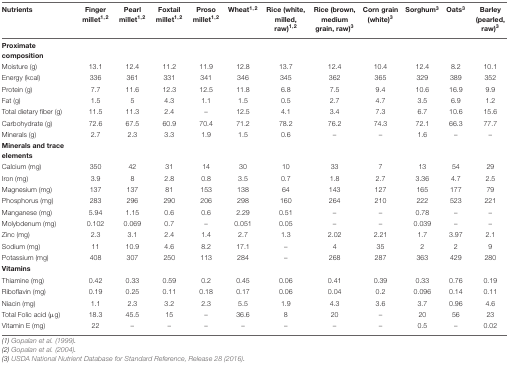
<table><thead><tr><td><b>Nutrients</b></td><td><b>Finger millet<sup>1,2</sup></b></td><td><b>Pearl millet<sup>1,2</sup></b></td><td><b>Foxtail millet<sup>1,2</sup></b></td><td><b>Proso millet<sup>1,2</sup></b></td><td><b>Wheat<sup>1,2</sup></b></td><td><b>Rice (white, milled, raw)<sup>1,2</sup></b></td><td><b>Rice (brown, medium grain, raw)<sup>3</sup></b></td><td><b>Corn grain (white)<sup>3</sup></b></td><td><b>Sorghum<sup>3</sup></b></td><td><b>Oats<sup>3</sup></b></td><td><b>Barley (pearled, raw)<sup>3</sup></b></td></tr></thead><tbody><tr><td><b>Proximate composition</b></td></tr><tr><td>Moisture (g)</td><td>13.1</td><td>12.4</td><td>11.2</td><td>11.9</td><td>12.8</td><td>13.7</td><td>12.4</td><td>10.4</td><td>12.4</td><td>8.2</td><td>10.1</td></tr><tr><td>Energy (kcal)</td><td>336</td><td>361</td><td>331</td><td>341</td><td>346</td><td>345</td><td>362</td><td>365</td><td>329</td><td>389</td><td>352</td></tr><tr><td>Protein (g)</td><td>7.7</td><td>11.6</td><td>12.3</td><td>12.5</td><td>11.8</td><td>6.8</td><td>7.5</td><td>9.4</td><td>10.6</td><td>16.9</td><td>9.9</td></tr><tr><td>Fat (g)</td><td>1.5</td><td>5</td><td>4.3</td><td>1.1</td><td>1.5</td><td>0.5</td><td>2.7</td><td>4.7</td><td>3.5</td><td>6.9</td><td>1.2</td></tr><tr><td>Total dietary fiber (g)</td><td>11.5</td><td>11.3</td><td>2.4</td><td>–</td><td>12.5</td><td>4.1</td><td>3.4</td><td>7.3</td><td>6.7</td><td>10.6</td><td>15.6</td></tr><tr><td>Carbohydrate (g)</td><td>72.6</td><td>67.5</td><td>60.9</td><td>70.4</td><td>71.2</td><td>78.2</td><td>76.2</td><td>74.3</td><td>72.1</td><td>66.3</td><td>77.7</td></tr><tr><td>Minerals (g)</td><td>2.7</td><td>2.3</td><td>3.3</td><td>1.9</td><td>1.5</td><td>0.6</td><td>–</td><td>–</td><td>1.6</td><td>–</td><td>–</td></tr><tr><td><b>Minerals and trace elements</b></td></tr><tr><td>Calcium (mg)</td><td>350</td><td>42</td><td>31</td><td>14</td><td>30</td><td>10</td><td>33</td><td>7</td><td>13</td><td>54</td><td>29</td></tr><tr><td>Iron (mg)</td><td>3.9</td><td>8</td><td>2.8</td><td>0.8</td><td>3.5</td><td>0.7</td><td>1.8</td><td>2.7</td><td>3.36</td><td>4.7</td><td>2.5</td></tr><tr><td>Magnesium (mg)</td><td>137</td><td>137</td><td>81</td><td>153</td><td>138</td><td>64</td><td>143</td><td>127</td><td>165</td><td>177</td><td>79</td></tr><tr><td>Phosphorus (mg)</td><td>283</td><td>296</td><td>290</td><td>206</td><td>298</td><td>160</td><td>264</td><td>210</td><td>222</td><td>523</td><td>221</td></tr><tr><td>Manganese (mg)</td><td>5.94</td><td>1.15</td><td>0.6</td><td>0.6</td><td>2.29</td><td>0.51</td><td>–</td><td>–</td><td>0.78</td><td>–</td><td>–</td></tr><tr><td>Molybdenum (mg)</td><td>0.102</td><td>0.069</td><td>0.7</td><td>–</td><td>0.051</td><td>0.05</td><td>–</td><td>–</td><td>0.039</td><td>–</td><td>–</td></tr><tr><td>Zinc (mg)</td><td>2.3</td><td>3.1</td><td>2.4</td><td>1.4</td><td>2.7</td><td>1.3</td><td>2.02</td><td>2.21</td><td>1.7</td><td>3.97</td><td>2.1</td></tr><tr><td>Sodium (mg)</td><td>11</td><td>10.9</td><td>4.6</td><td>8.2</td><td>17.1</td><td>–</td><td>4</td><td>35</td><td>2</td><td>2</td><td>9</td></tr><tr><td>Potassium (mg)</td><td>408</td><td>307</td><td>250</td><td>113</td><td>284</td><td>–</td><td>268</td><td>287</td><td>363</td><td>429</td><td>280</td></tr><tr><td><b>Vitamins</b></td></tr><tr><td>Thiamine (mg)</td><td>0.42</td><td>0.33</td><td>0.59</td><td>0.2</td><td>0.45</td><td>0.06</td><td>0.41</td><td>0.39</td><td>0.33</td><td>0.76</td><td>0.19</td></tr><tr><td>Riboflavin (mg)</td><td>0.19</td><td>0.25</td><td>0.11</td><td>0.18</td><td>0.17</td><td>0.06</td><td>0.04</td><td>0.2</td><td>0.096</td><td>0.14</td><td>0.11</td></tr><tr><td>Niacin (mg)</td><td>1.1</td><td>2.3</td><td>3.2</td><td>2.3</td><td>5.5</td><td>1.9</td><td>4.3</td><td>3.6</td><td>3.7</td><td>0.96</td><td>4.6</td></tr><tr><td>Total Folic acid (μg)</td><td>18.3</td><td>45.5</td><td>15</td><td>–</td><td>36.6</td><td>8</td><td>20</td><td>–</td><td>20</td><td>56</td><td>23</td></tr><tr><td>Vitamin E (mg)</td><td>22</td><td>–</td><td>–</td><td>–</td><td>–</td><td>–</td><td>–</td><td>–</td><td>0.5</td><td>–</td><td>0.02</td></tr></tbody></table>